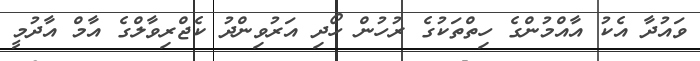
ވައުދާ އެކު އާއްމުންގެ ހިތްތަކުގެ ރުހުން ހޯދި އަރުވިންދު ކެޖްރިވާލްގެ އާމް އާދުމީ